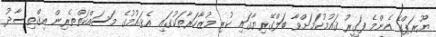
ޔޫރަޕްގެ އެންމެ ފަގީރު ޤައުމުކަމަށްވާ ބަލްގޭރިޔާގައި ކުރި މުޒާހަރާތަކުގައި އެޤައުމުގެ މަސައްކަތްތެރިން އިޤްތިސާދު